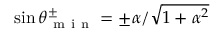
\sin { \theta _ { \mathrm { ~ m ~ i ~ n ~ } } ^ { \pm } } = \pm \alpha / \sqrt { 1 + \alpha ^ { 2 } }